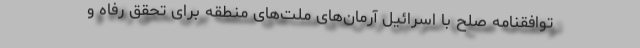
توافقنامه صلح با اسرائیل آرمان‌های ملت‌های منطقه برای تحقق رفاه و